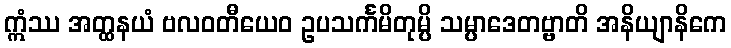
ဣံဿ အတ္ထနယံ ဗလဝတီယေဝ ဥပသင်္ကမိတုမ္ပိ သမ္ပာဒေတဗ္ဗာတိ အနိယျာနိကေ